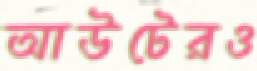
আউটেরও